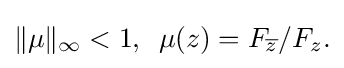
\displaystyle {\|\mu \|_{\infty }<1,\,\,\,\mu (z)=F_{\overline {z}}/F_{z}.}